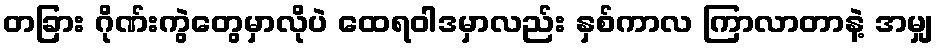
တခြား ဂိုဏ်းကွဲတွေမှာလိုပဲ ထေရဝါဒမှာလည်း နှစ်ကာလ ကြာလာတာနဲ့ အမျှ